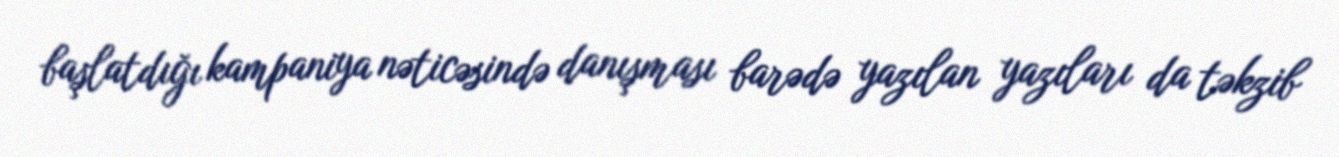
başlatdığı kampaniya nəticəsində danışması barədə yazılan yazıları da təkzib